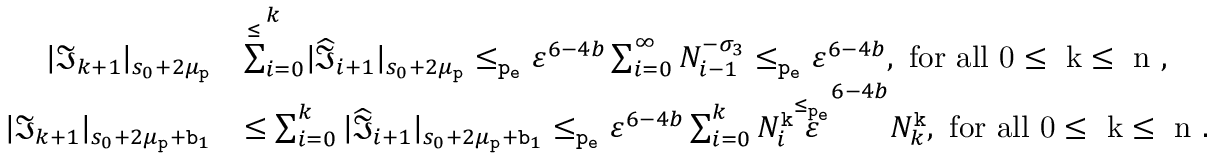
\begin{array} { r l } { | \mathfrak { I } _ { k + 1 } | _ { s _ { 0 } + 2 \mu _ { \mathtt { p } } } } & { \overset \le \sum _ { i = 0 } ^ { k } | \widehat { \mathfrak { I } } _ { i + 1 } | _ { s _ { 0 } + 2 \mu _ { \mathtt { p } } } \le _ { \mathtt { p _ { e } } } \varepsilon ^ { 6 - 4 b } \sum _ { i = 0 } ^ { \infty } N _ { i - 1 } ^ { - \sigma _ { 3 } } \le _ { \mathtt { p _ { e } } } \varepsilon ^ { 6 - 4 b } , \mathrm { ~ f o r ~ a l l ~ 0 \le ~ k \le ~ n ~ , } } \\ { | \mathfrak { I } _ { k + 1 } | _ { s _ { 0 } + 2 \mu _ { \mathtt { p } } + \mathtt { b } _ { 1 } } } & { \le \sum _ { i = 0 } ^ { k } | \widehat { \mathfrak { I } } _ { i + 1 } | _ { s _ { 0 } + 2 \mu _ { \mathtt { p } } + \mathtt { b } _ { 1 } } \le _ { \mathtt { p _ { e } } } \varepsilon ^ { 6 - 4 b } \sum _ { i = 0 } ^ { k } N _ { i } ^ { \mathtt { k } } \overset { \le _ { \mathtt { p _ { e } } } } \varepsilon ^ { 6 - 4 b } N _ { k } ^ { \mathtt { k } } , \mathrm { ~ f o r ~ a l l ~ 0 \le ~ k \le ~ n ~ . } } \end{array}